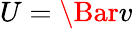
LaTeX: U=\Bar{v}